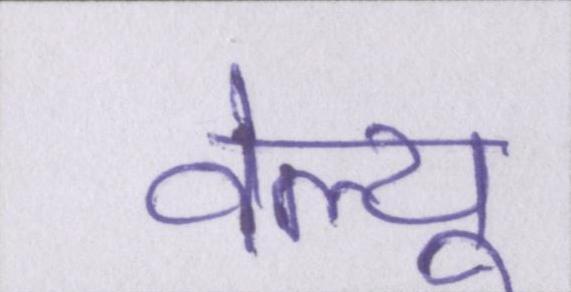
वेल्यू